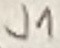
Text: J1